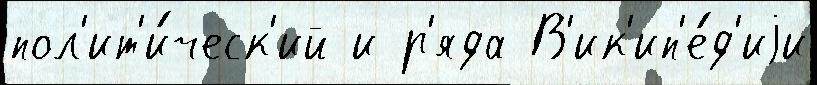
пол'ит'и́ческ'ий и р'яда В'ик'ип'е́д'иjи